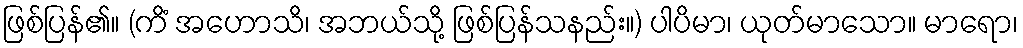
ဖြစ်ပြန်၏။ (ကိံ အဟောသိ၊ အဘယ်သို့ ဖြစ်ပြန်သနည်း။) ပါပိမာ၊ ယုတ်မာသော။ မာရော၊